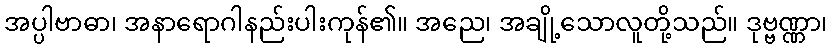
အပ္ပါဗာဓာ၊ အနာရောဂါနည်းပါးကုန်၏။ အညေ၊ အချို့သောလူတို့သည်။ ဒုဗ္ဗဏ္ဏာ၊